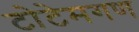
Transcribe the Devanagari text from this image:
टोटेमगण